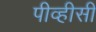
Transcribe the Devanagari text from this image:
पीव्हीसी